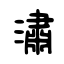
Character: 潚